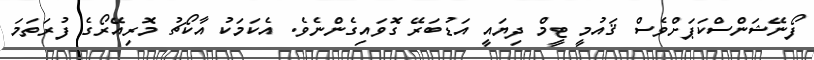
ފޯނޭޝަންސްކަޕަށްވެސް ޤައުމީ ޓީމް ދިޔައީ އަޑުބަރޭ ގޮވައިގެންނެވެ. އެކަމަކު އާކޯޗު މޮރިއޭރޯގެ ފުރަތަމަ